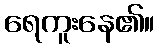
ရေကူးနေ၏။